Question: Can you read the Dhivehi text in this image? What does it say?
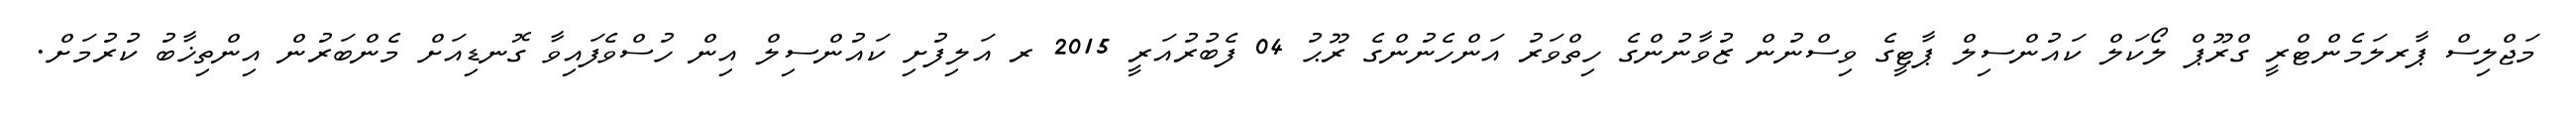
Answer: މަޖްލިސް ޕާރލަމެންޓްރީ ގްރޫޕް ލޯކަލް ކައުންސިލް ޕާޓީގެ ވިސްނުން ޒުވާނުންގެ ހިތްވަރު އަންހެނުންގެ ރޫޙު 04 ފެބުރުއަރީ 2015 ރ އަލިފުށި ކައުންސިލް އިން ހުސްވެފައިވާ ގޮނޑިއަށް މެންބަރުން އިންތިޚާބު ކުރުމަށް.